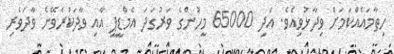
ހިތާމައެއްކަމަށް ވިދާޅުވިއެވެ. އަދި 65000 މީހުންގެ ވަރުގަދަ އެމްޑީޕީ އާއި ވާދަކުރެވޭނެ ވާދަވެރި